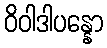
ဝိဝါဒါပန္နော